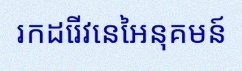
រកដេរីវេនៃអនុគមន៍